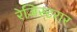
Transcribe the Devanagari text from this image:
रेजिस्टरार